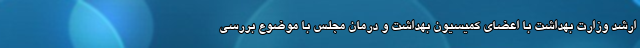
ارشد وزارت بهداشت با اعضای کمیسیون بهداشت و درمان مجلس با موضوع بررسی